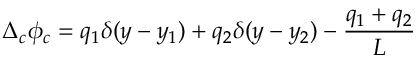
\Delta _ { c } \phi _ { c } = q _ { 1 } \delta ( y - y _ { 1 } ) + q _ { 2 } \delta ( y - y _ { 2 } ) - \frac { q _ { 1 } + q _ { 2 } } { L }